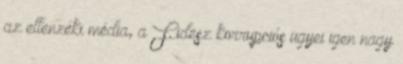
az ellenzéki média, a Fidesz korrupciós ügyei igen nagy